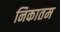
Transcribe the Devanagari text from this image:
निकातम